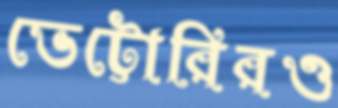
ভেট্টোরিরও